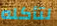
لتأكله